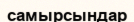
самырсындар